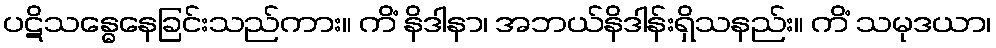
ပဋိသန္ဓေနေခြင်းသည်ကား။ ကိံ နိဒါနာ၊ အဘယ်နိဒါန်းရှိသနည်း။ ကိံ သမုဒယာ၊